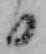
日